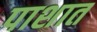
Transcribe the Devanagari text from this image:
पाशात